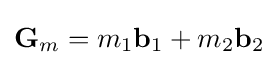
\mathbf {G} _{m}=m_{1}\mathbf {b} _{1}+m_{2}\mathbf {b} _{2}